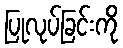
ပြုလုပ်ခြင်းကို